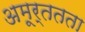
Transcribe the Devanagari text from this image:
अमूर्ततता